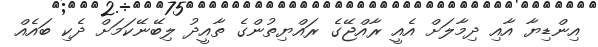
އިންޑިޔާ އާއި ދިމާލަށް އެއީ ރާއްޖޭގެ ރައްޔިތުންގެ ތާއީދު ލިބޭނޭކަމަށް ދެކި ބައެއް